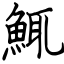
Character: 鮿